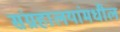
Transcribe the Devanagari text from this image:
संग्रहालयांमधील